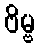
ဗိမ္ဗ